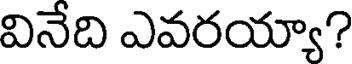
వినేది ఎవరయ్యా?